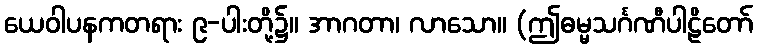
ယေဝါပနကတရား ၉-ပါးတို့၌။ အာဂတာ၊ လာသော။ (ဤဓမ္မသင်္ဂဏီပါဠိတော်